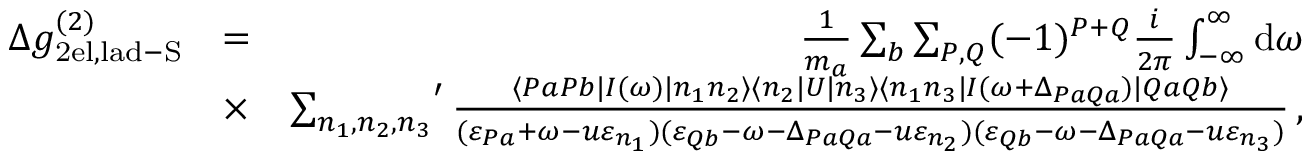
\begin{array} { r l r } { \Delta g _ { \mathrm { 2 e l , l a d - S } } ^ { ( 2 ) } } & { = } & { \frac { 1 } { m _ { a } } \sum _ { b } \sum _ { P , Q } ( - 1 ) ^ { P + Q } \frac { i } { 2 \pi } \int _ { - \infty } ^ { \infty } \mathrm { d } \omega } \\ & { \times } & { { \sum _ { n _ { 1 } , n _ { 2 } , n _ { 3 } } } ^ { \prime } \, \frac { \langle P a P b | I ( \omega ) | n _ { 1 } n _ { 2 } \rangle \langle n _ { 2 } | U | n _ { 3 } \rangle \langle n _ { 1 } n _ { 3 } | I ( \omega + \Delta _ { P a Q a } ) | Q a Q b \rangle } { ( \varepsilon _ { P a } + \omega - u \varepsilon _ { n _ { 1 } } ) ( \varepsilon _ { Q b } - \omega - \Delta _ { P a Q a } - u \varepsilon _ { n _ { 2 } } ) ( \varepsilon _ { Q b } - \omega - \Delta _ { P a Q a } - u \varepsilon _ { n _ { 3 } } ) } \, , } \end{array}